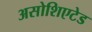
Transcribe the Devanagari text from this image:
असोशिएटेड